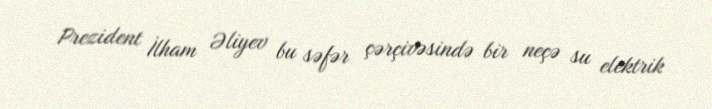
Prezident İlham Əliyev bu səfər çərçivəsində bir neçə su elektrik